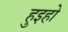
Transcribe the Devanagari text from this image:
हुइहो